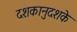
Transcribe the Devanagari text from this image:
दशकानुदशके